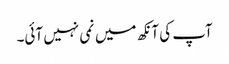
آپ کی آنکھ میں نمی نہیں آئی۔